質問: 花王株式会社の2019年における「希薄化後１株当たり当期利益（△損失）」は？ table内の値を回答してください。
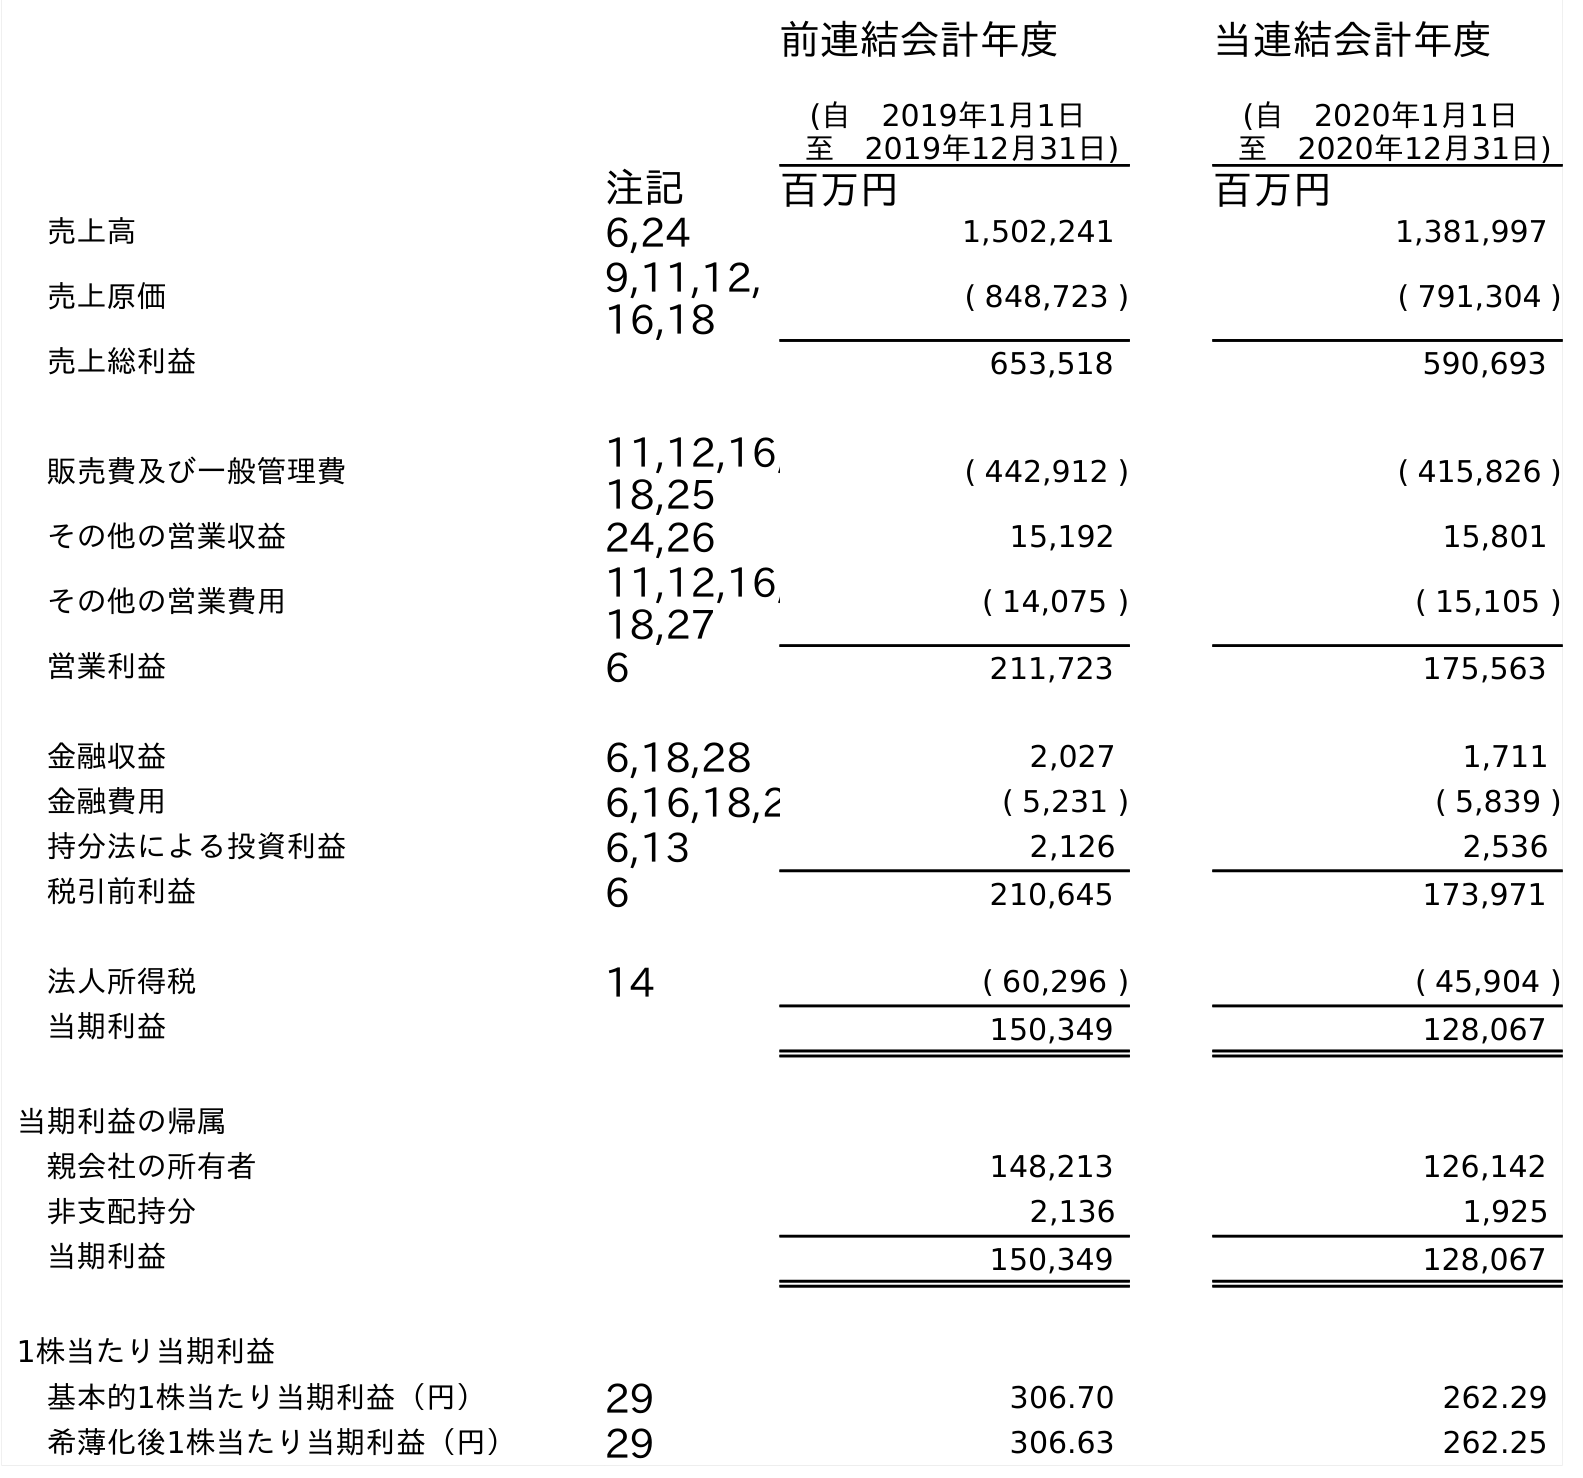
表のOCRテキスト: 前連結会計年度 (自 2019年1月1日 至 2019年12月31日) 当連結会計年度 (自 2020年1月1日 至 2020年12月31日) 注記 百万円 百万円 売上高 6,24 1,502,241 1,381,997 売上原価 9,11,12, 16,18 ( 848,723 ) ( 791,304 ) 売上総利益 653,518 590,693 販売費及び一般管理費 11,12,16, 18,25 ( 442,912 ) ( 415,826 ) その他の営業収益 24,26 15,192 15,801 その他の営業費用 11,12,16, 18,27 ( 14,075 ) ( 15,105 ) 営業利益 6 211,723 175,563 金融収益 6,18,28 2,027 1,711 金融費用 6,16,18,2 ( 5,231 ) ( 5,839 ) 持分法による投資利益 6,13 2,126 2,536 税引前利益 6 210,645 173,971 法人所得税 14 ( 60,296 ) ( 45,904 ) 当期利益 150,349 128,067 当期利益の帰属 親会社の所有者 148,213 126,142 非支配持分 2,136 1,925 当期利益 150,349 128,067 1株当たり当期利益 基本的1株当たり当期利益（円） 29 306.70 262.29 希薄化後1株当たり当期利益（円） 29 306.63 262.25
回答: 306.63